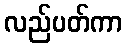
လည်ပတ်ကာ